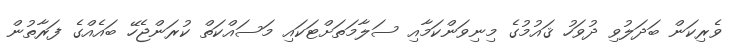
ވެރިކަން ބަދަލުވި ދުވަހު ޤައުމުގެ މިނިވަންކަމާއި ސަލާމަތަށްޓަކައި މަސައްކަތް ކުރަންޖެހޭ ބައެއްގެ ފަރާތުން